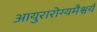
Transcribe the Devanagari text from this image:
आयुरारोग्यमैश्वर्यं